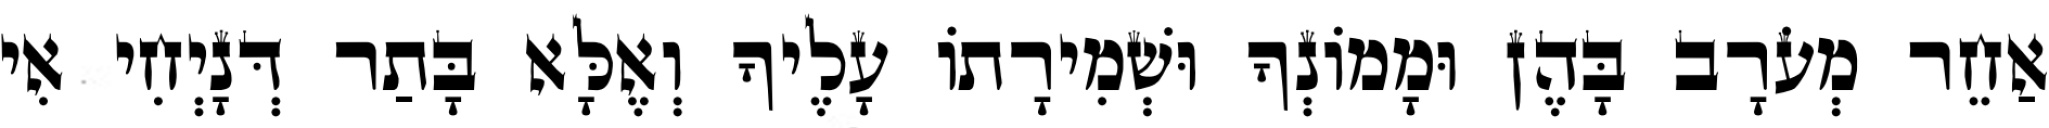
אַחֵר מְעֹרָב בָּהֶן וּמָמוֹנְךָ וּשְׁמִירָתוֹ עָלֶיךָ וְאֶלָּא בָּתַר דְּנָיְחִי אִי